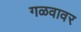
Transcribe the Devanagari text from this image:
गळवावर